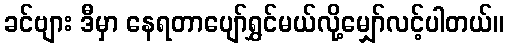
ခင်ဗျား ဒီမှာ နေရတာပျော်ရွှင်မယ်လို့မျှော်လင့်ပါတယ်။